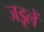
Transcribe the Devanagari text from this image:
जड़ूलें